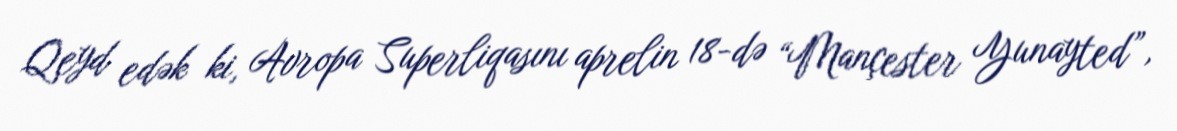
Qeyd edək ki, Avropa Superliqasını aprelin 18-də “Mançester Yunayted”,